Vaccine operations Central Provinces 1886-1899 - 1886-1899
Year: 1886
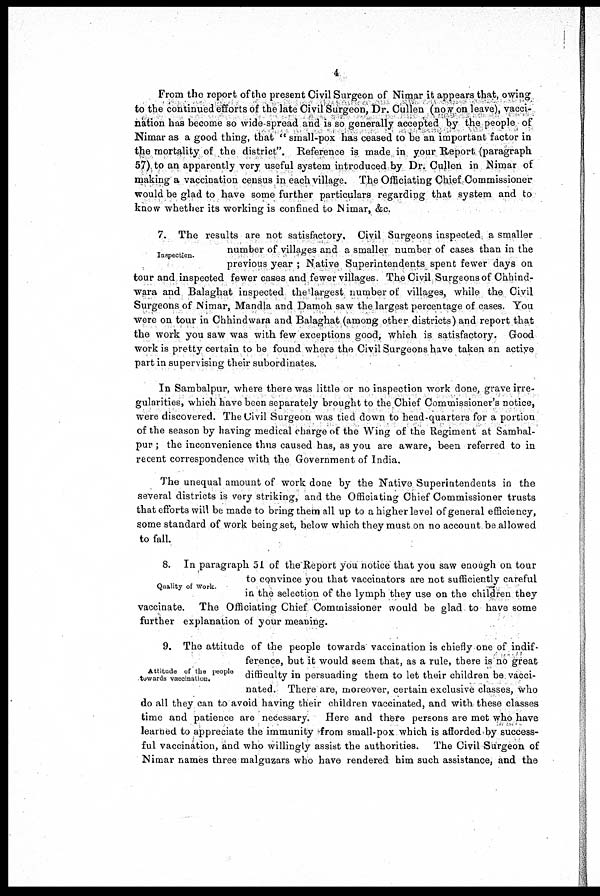
4
From the report of the present Civil Surgeon of Nimar it appears that, owing
to the continued efforts of the late Civil Surgeon, Dr. Cullen (now on leave), vacci-
nation has become so wide-spread and is so generally accepted by the people of
Nimar as a good thing, that " small-pox has ceased to be an important factor in
the mortality of the district". Reference is made in your Report (paragraph
57) to an apparently very useful system introduced by Dr. Cullen in Nimar of
making a vaccination census in each village. The Officiating Chief Commissioner
would be glad to have some further particulars regarding that system and to
know whether its working is confined to Nimar, &c.
Inspection.
7. The results are not satisfactory. Civil Surgeons inspected a smaller
number of villages and a smaller number of cases than in the
previous year ; Native Superintendents spent fewer days on
tour and inspected fewer cases and fewer villages. The Civil Surgeons of Chhind-
wara and Balaghat inspected the largest number of villages, while the Civil
Surgeons of Nimar, Mandla and Damoh saw the largest percentage of cases. You
were on tour in Chhindwara and Balaghat (among other districts) and report that
the work you saw was with few exceptions good, which is satisfactory. Good
work is pretty certain to be found where the Civil Surgeons have taken an active
part in supervising their subordinates.
In Sambalpur, where there was little or no inspection work done, grave irre-
gularities, which have been separately brought to the Chief Commissioner's notice,
were discovered. The Civil Surgeon was tied down to head-quarters for a portion
of the season by having medical charge of the Wing of the Regiment at Sambal-
pur ; the inconvenience thus caused has, as you are aware, been referred to in
recent correspondence with the Government of India.
The unequal amount of work done by the Native Superintendents in the
several districts is very striking, and the Officiating Chief Commissioner trusts
that efforts will be made to bring them all up to a higher level of general efficiency,
some standard of work being set, below which they must on no account be allowed
to fall.
Quality of work.
8. In paragraph 51 of the Report you notice that you saw enough on tour
to convince you that vaccinators are not sufficiently careful
in the selection of the lymph they use on the children they
vaccinate. The Officiating Chief Commissioner would be glad to have some
further explanation of your meaning.
Attitude of the people
towards vaccination.
9. The attitude of the people towards vaccination is chiefly one of indif-
ference, but it would seem that, as a rule, there is no great
difficulty in persuading them to let their children be vacci-
nated. There are, moreover, certain exclusive classes, who
do all they can to avoid having their children vaccinated, and with these classes
time and patience are necessary. Here and there persons are met who have
learned to appreciate the immunity from small-pox which is afforded by success-
ful vaccination, and who willingly assist the authorities. The Civil Surgeon of
Nimar names three malguzars who have rendered him such assistance, and the